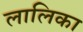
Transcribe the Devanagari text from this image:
लालिका